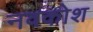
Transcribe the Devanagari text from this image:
नवकोश